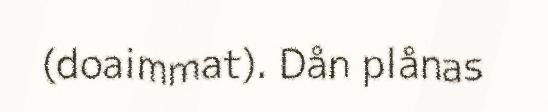
(doaimmat). Dån plånas